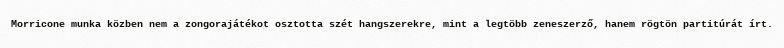
Morricone munka közben nem a zongorajátékot osztotta szét hangszerekre, mint a legtöbb zeneszerző, hanem rögtön partitúrát írt.